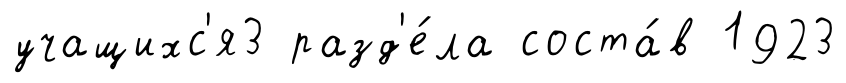
учащихс'я3 разд'е́ла соста́в 1923